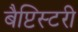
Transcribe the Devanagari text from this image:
बैप्टिस्टरी